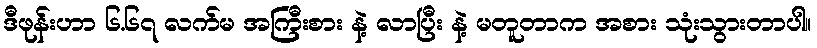
ဒီဖုန်းဟာ ၆.၆၇ လက်မ အကြီးစား နဲ့ လာပြီး နဲ့ မတူတာက အစား သုံးသွားတာပါ။